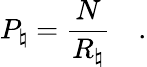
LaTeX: P_{\natural}={\frac{N}{R_{\natural}}}\quad.